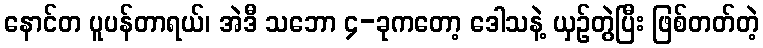
နောင်တ ပူပန်တာရယ်၊ အဲဒီ သဘော ၄-ခုကတော့ ဒေါသနဲ့ ယှဉ်တွဲပြီး ဖြစ်တတ်တဲ့